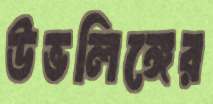
উভলিঙ্গের